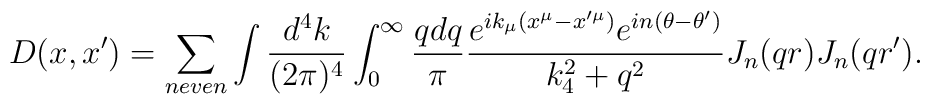
D(x,x')=\sum_{n even}\int {d^4 k\over (2\pi)^4}\int_0^\infty {q dq\over \pi} {e^{ik_\mu (x^\mu-x'^\mu)} e^{in(\theta-\theta')}\over k_4^2 + q^2} J_n(q r) J_n(q r').